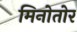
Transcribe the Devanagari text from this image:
मिनोतोर